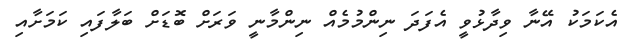
އެކަމަކު އޭނާ ވިދާޅުވީ އެފަދަ ނިންމުމެއް ނިންމާނީ ވަރަށް ބޮޑަށް ބަލާފައި ކަމަށާއި